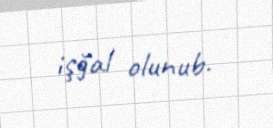
işğal olunub.